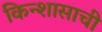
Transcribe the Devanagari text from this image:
किन्शासाची